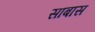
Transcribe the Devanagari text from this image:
साबास